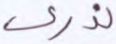
ندري